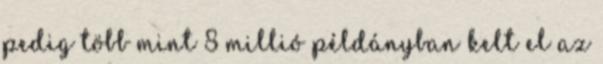
pedig több mint 8 millió példányban kelt el az